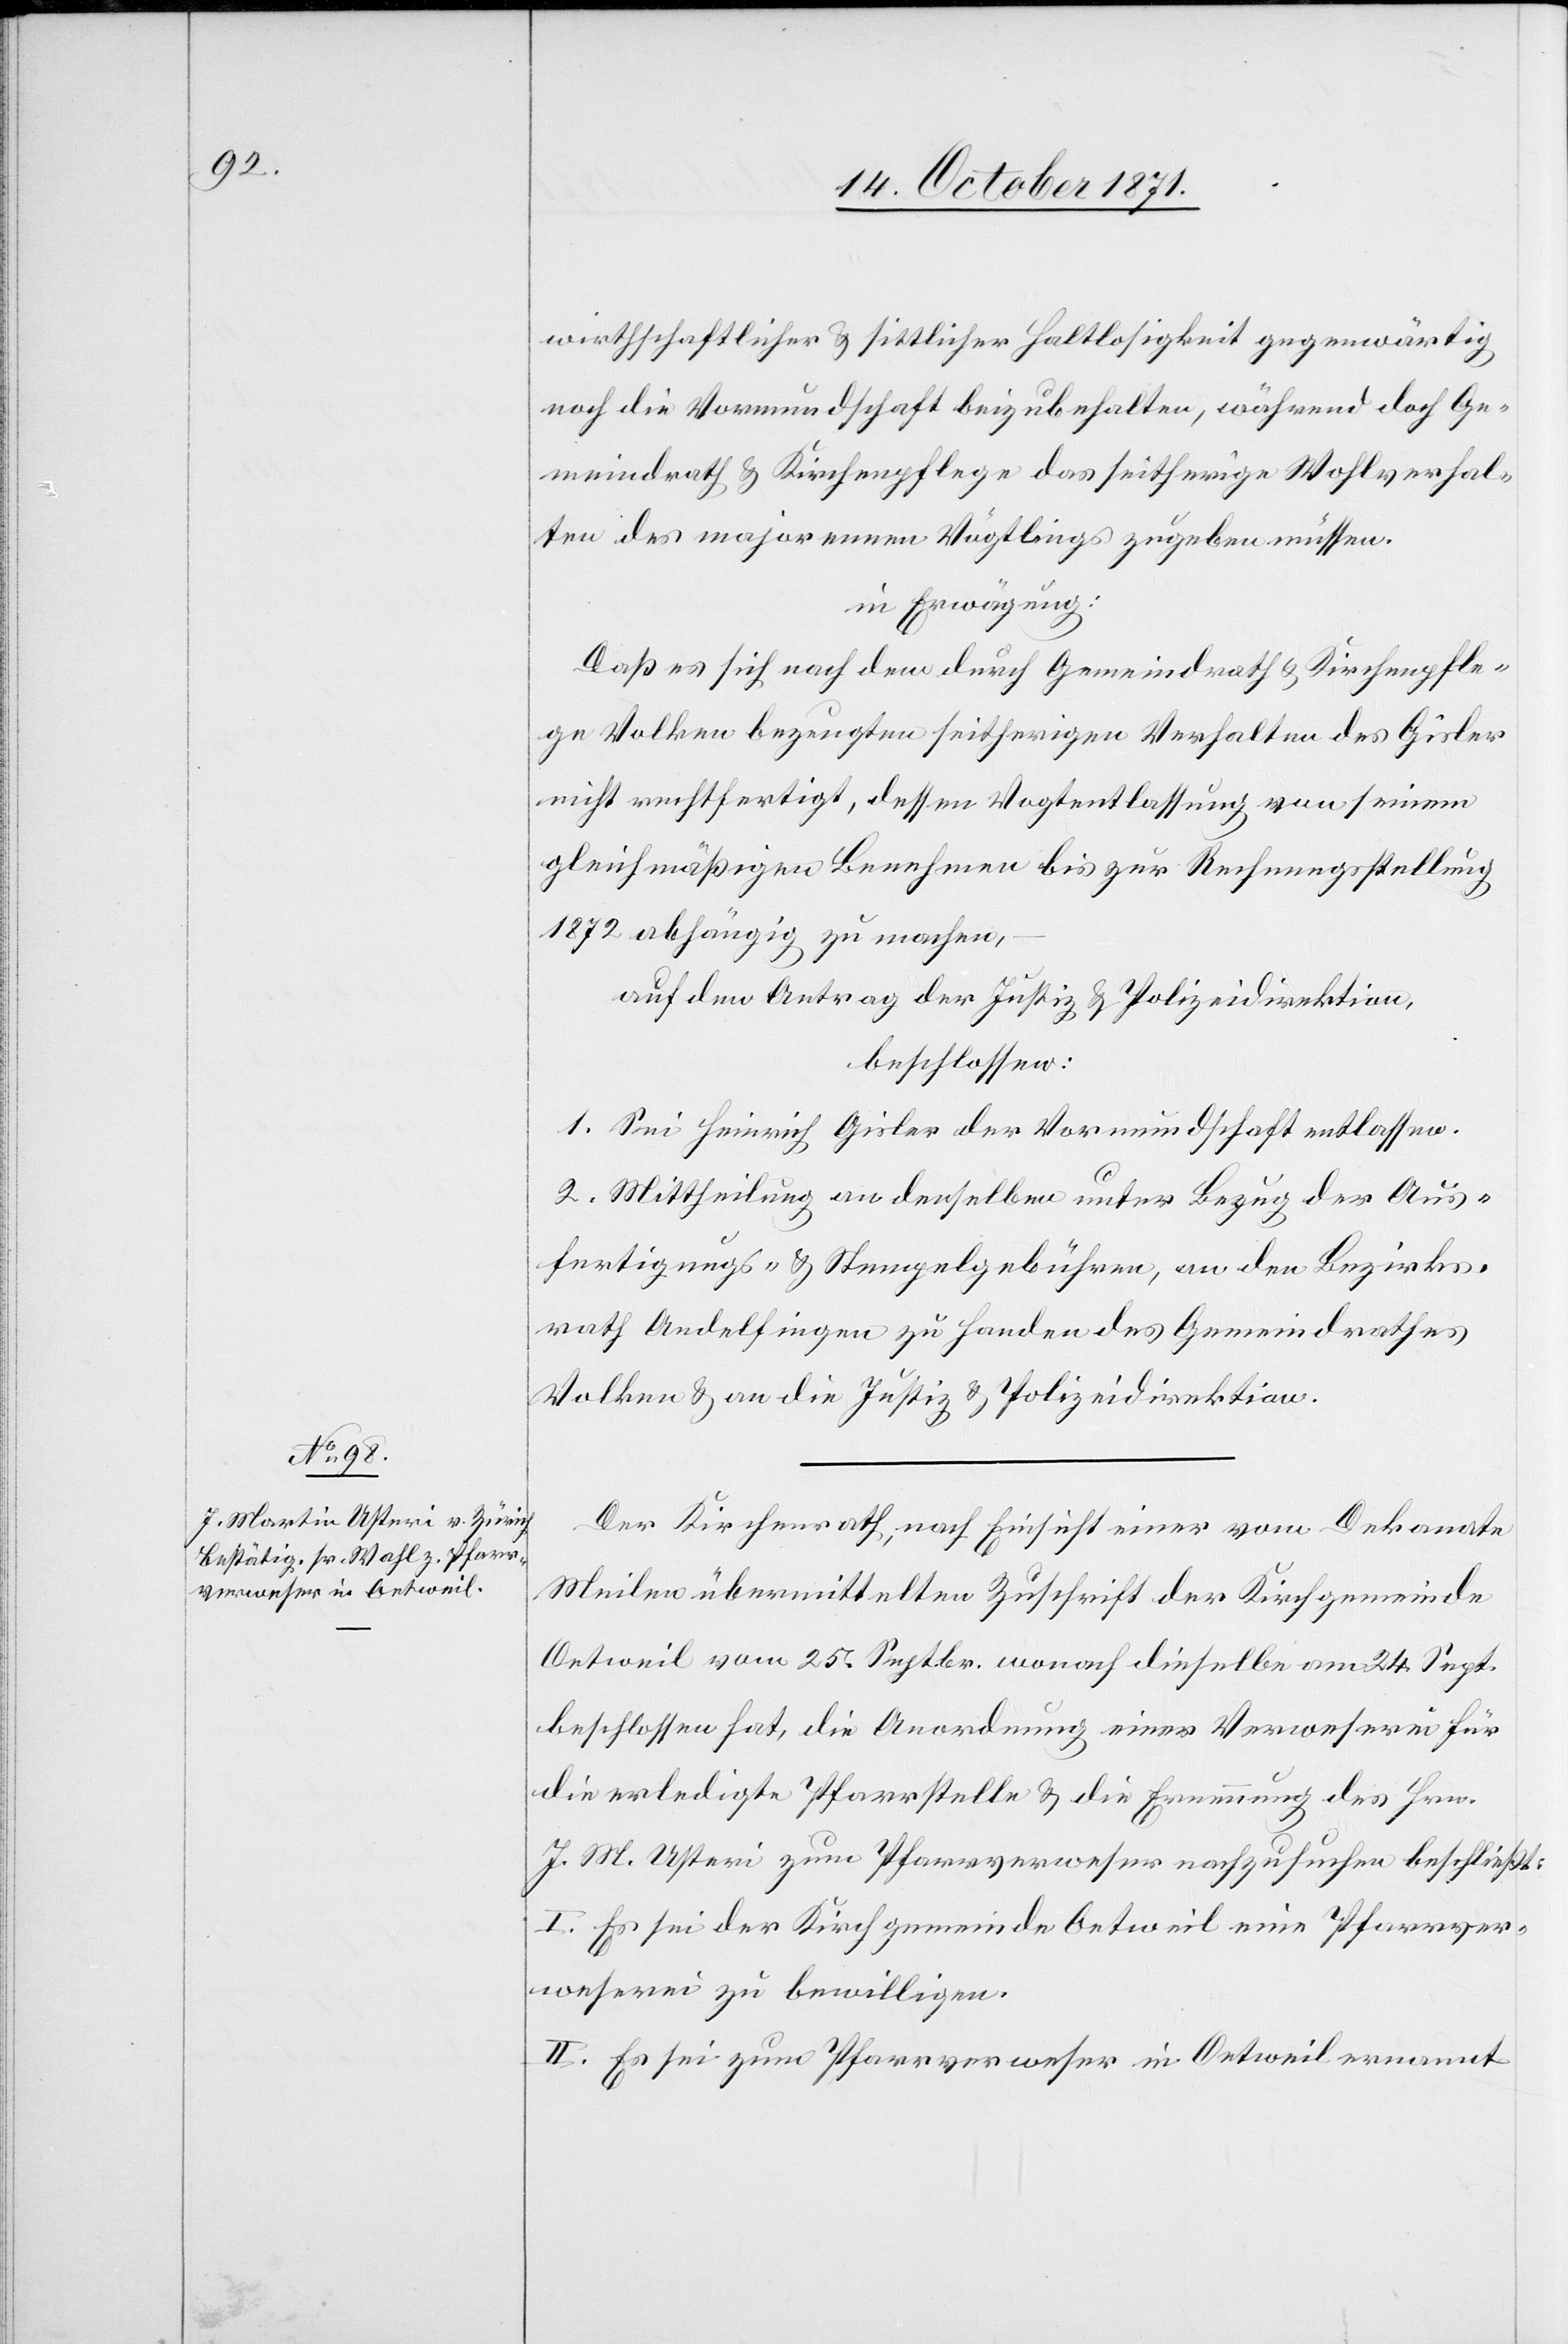
wirtschaftlicher & sittlicher Haltlosigkeit gegenwärtig
noch die Vormundschaft beizubehalten, während doch Ge¬
meindrath & Kirchenpflege das seitherige Wohlverhal¬
ten des majorennen Vögtlings zugeben müssen.
in Erwägung:
Daß es sich nach dem durch Gemeindrath & Kirchenpfle¬
ge Volken bezeugten seitherigen Verhalten des Gisler
nicht rechtfertigt, dessen Vogtentlassung von seinem
gleichmäßigen Benehmen bis zur Rechnungsstellung
1872 abhängig zu machen.
auf den Antrag der Justiz[-] & Polizeidirektion,
beschlossen:
1. Sei Heinrich Gisler der Vormundschaft entlassen.
2. Mittheilung an denselben unter Bezug der Aus¬
fertigungs- & Stempelgebühren, an den Bezirks¬
rath Andelfingen zu Handen des Gemeindrathes
Volken & an die Justiz[-] & Polizeidirektion.
Der Kirchenrath, nach Einsicht einer vom Dekanate
Meilen übermittelten Zuschrift der Kirchgemeinde
Oetweil vom 25. Septbr. wonach dieselbe am 24. Sept.
beschlossen hat, die Anordnung einer Verweserei für
die erledigte Pfarrstelle & die Ernennung des Hrn.
J. M. Usteri zum Pfarrverweser nachzusuchen beschließt:
I. Es sei der Kirchgemeinde Oetweil eine Pfarrver¬
weserei zu bewilligen.
II. Es sei zum Pfarrverweser in Oetweil ernannt